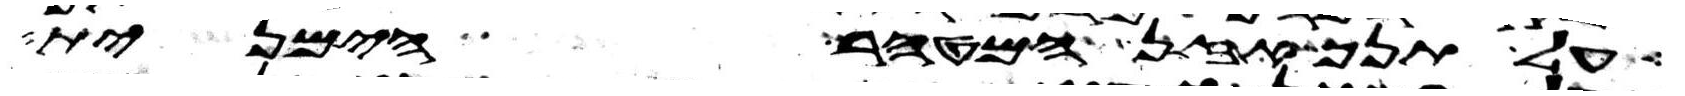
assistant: על תנך אזן המטהר הימנית